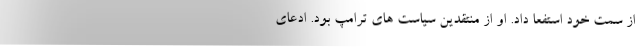
از سِمت خود استفعا داد. او از منتقدین سیاست های ترامپ بود. ادعای